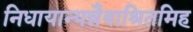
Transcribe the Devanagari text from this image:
निधायान्यन्नैवाश्रितमिह